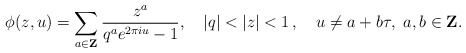
\begin{align*}\phi(z,u)=\sum_{a\in{\bf Z}} \frac{z^a }{q^a e^{2\pi i u }-1}, \quad |q|<|z|<1\,, \quad u\neq a+b\tau,~a,b\in{\bf Z}.\end{align*}